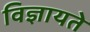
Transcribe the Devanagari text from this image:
विज्ञायते